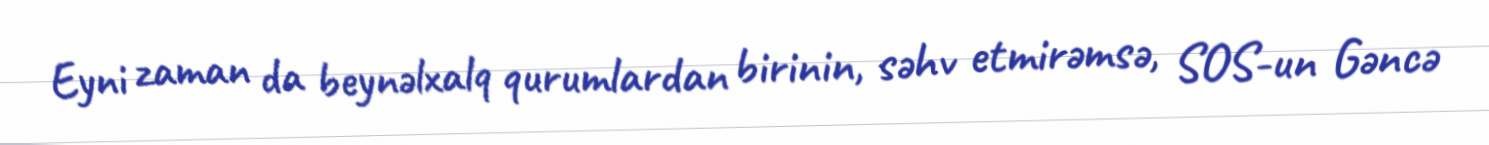
Eyni zaman da beynəlxalq qurumlardan birinin, səhv etmirəmsə, SOS-un Gəncə